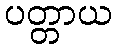
ပတ္တာယ